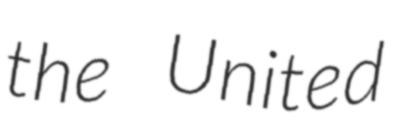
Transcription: the United